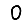
Digit: 0